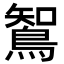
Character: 𮬼